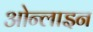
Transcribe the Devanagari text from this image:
ओन्लाइन